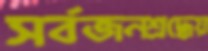
সর্বজনশ্রদ্ধেয়